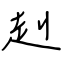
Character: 赳